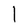
Character: I